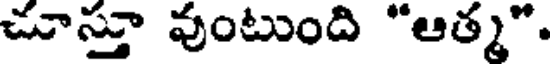
చూస్తూ వుంటుంది "ఆత్మ".